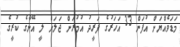
މަޑަވެއްޔަށް އުފަން 33 އަހަރުގެ ފަރީދު އުމުރަށް ޖަލަށް ލީ އޭނާގެ ކުރީގެ